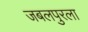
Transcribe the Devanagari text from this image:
जबलपुरला